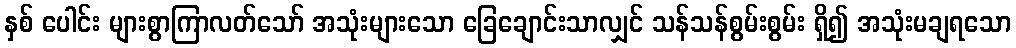
နှစ် ပေါင်း များစွာကြာလတ်သော် အသုံးများသော ခြေချောင်းသာလျှင် သန်သန်စွမ်းစွမ်း ရှိ၍ အသုံးမချရသော